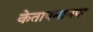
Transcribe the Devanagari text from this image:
केतापमानपर